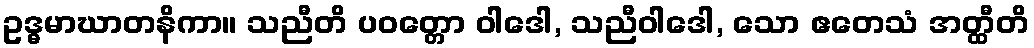
ဥဒ္ဓမာဃာတနိကာ။ သညီတိ ပဝတ္တော ဝါဒေါ, သညီဝါဒေါ, သော ဧတေသံ အတ္ထီတိ